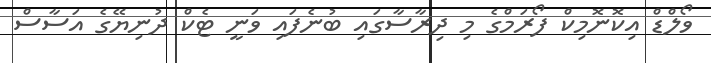
ވޯލްޑް އިކޮނޮމިކް ފޯރަމްގެ މި ދިރާސާގައި ބުނެފައި ވަނީ ޓެކް ދުނިޔޭގެ އަސާސް